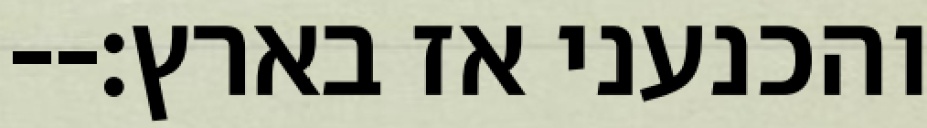
והכנעני אז בארץ׃--